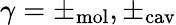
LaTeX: \gamma=\pm_{\mathrm{mol}},\pm_{\mathrm{cav}}